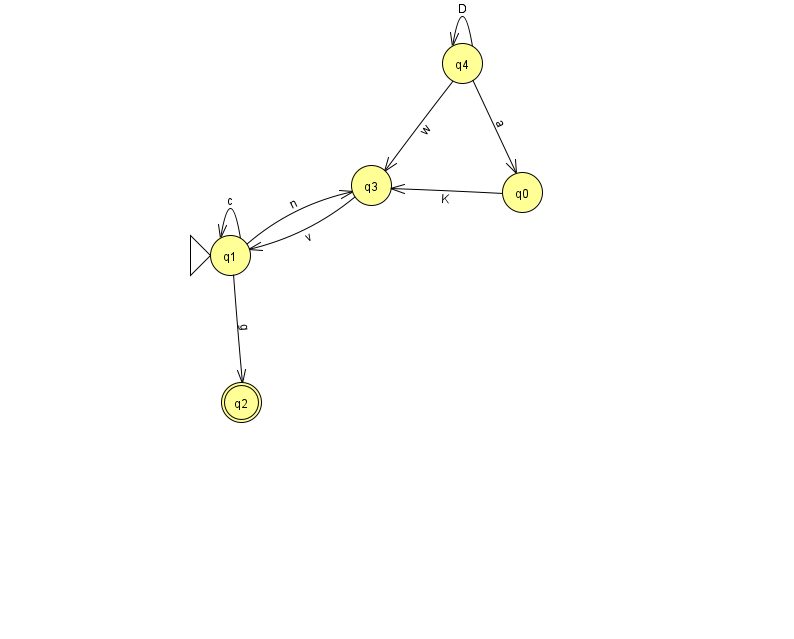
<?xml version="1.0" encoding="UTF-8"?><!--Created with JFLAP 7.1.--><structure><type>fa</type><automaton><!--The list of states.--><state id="0" name="q0"><x>522.0</x><y>179.0</y></state><state id="1" name="q1"><x>230.0</x><y>242.0</y><initial/></state><state id="2" name="q2"><x>241.0</x><y>389.0</y><final/></state><state id="3" name="q3"><x>371.0</x><y>172.0</y></state><state id="4" name="q4"><x>462.0</x><y>50.0</y></state><!--The list of transitions.--><transition><from>1</from><to>2</to><read>g</read></transition><transition><from>1</from><to>1</to><read>c</read></transition><transition><from>3</from><to>1</to><read>v</read></transition><transition><from>4</from><to>4</to><read>D</read></transition><transition><from>0</from><to>3</to><read>K</read></transition><transition><from>4</from><to>3</to><read>w</read></transition><transition><from>1</from><to>3</to><read>n</read></transition><transition><from>4</from><to>0</to><read>a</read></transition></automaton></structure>